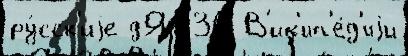
ру́сск'иjе дЯ 130 В'ик'ип'е́д'иjи